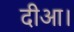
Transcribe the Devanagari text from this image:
दीआ।